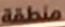
منطقة